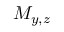
M _ { y , z }